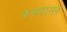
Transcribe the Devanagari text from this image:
कन्नडासन